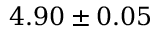
4 . 9 0 \pm 0 . 0 5